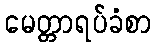
မေတ္တာရပ်ခံစာ